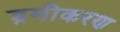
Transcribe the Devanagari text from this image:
ड्रमीकरण